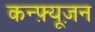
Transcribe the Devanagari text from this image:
कन्फ़्यूज़न